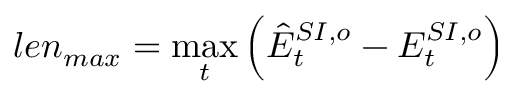
l e n _ { m a x } = \operatorname* { m a x } _ { t } \Big ( \hat { E } _ { t } ^ { S I , o } - E _ { t } ^ { S I , o } \Big )